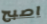
اصبح